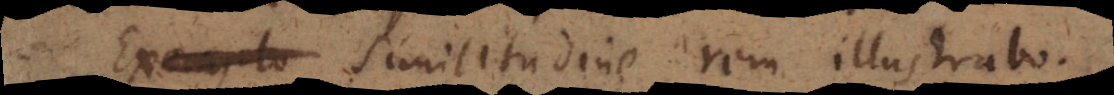
Exemplo Similitudine rem illustrabo.